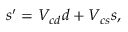
s ^ { \prime } = V _ { c d } d + V _ { c s } s ,